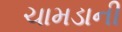
ચામડાની